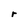
Character: r